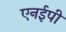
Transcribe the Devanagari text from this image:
एनईपी